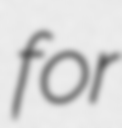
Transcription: for